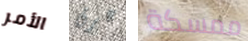
الأمر عرق ممسكة